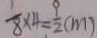
\frac { 1 } { 8 } \times 4 = \frac { 9 } { 2 } ( m )